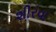
શીરવા